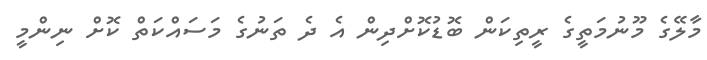
މާލޭގެ މޫނުމަތީގެ ރީތިކަން ބޮޑުކޮށްދިން އެ ދެ ތަނުގެ މަސައްކަތް ކޮށް ނިންމީ